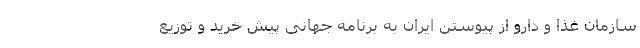
سازمان غذا و دارو از پیوستن ایران به برنامه جهانی پیش خرید و توزیع